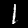
Label: 1